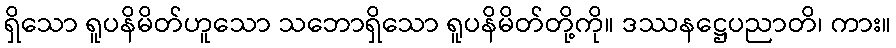
ရှိသော ရူပနိမိတ်ဟူသော သဘောရှိသော ရူပနိမိတ်တို့ကို။ ဒဿနဋ္ဌေပညာတိ၊ ကား။